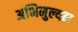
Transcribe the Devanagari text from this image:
अभिमुल्यन